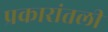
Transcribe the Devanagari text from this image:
प्रकारांतली